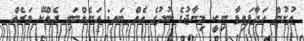
އުށުން ހަދާފައިވާ ނިކީ މިނާޖުގެ ބުދުގެ އެއް ބައ: އަނެއްބައި ދެއްކޭ ވަރެއް